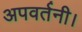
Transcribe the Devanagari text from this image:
अपवर्तनी।